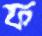
ফ